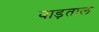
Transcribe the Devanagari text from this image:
वाड़ताल